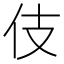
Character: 伎